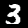
Digit: 3